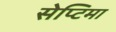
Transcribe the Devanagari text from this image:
सेप्टिमा